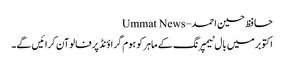
حافظ حسین احمد – Ummat News
اکتوبرمیں بال ٹیمپرنگ کے ماہر کو ہوم گراؤنڈ پرفالوآن کرائیں گے۔